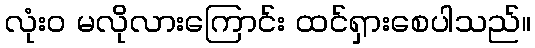
လုံးဝ မလိုလားကြောင်း ထင်ရှားစေပါသည်။